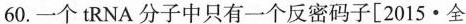
60.一个tRNA分子中只有一个反密码子[2015·全